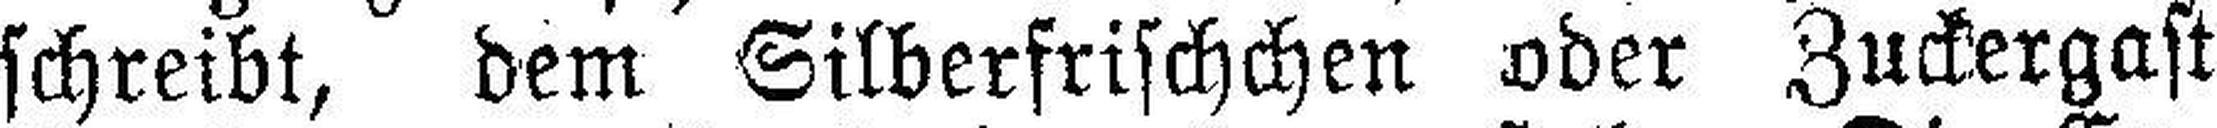
schreibt, dem Silberfrischchen oder Zuckergast